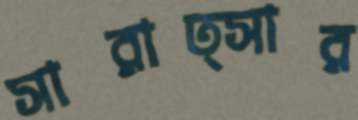
সারাত্সার